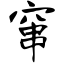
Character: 窜